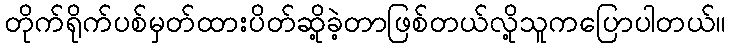
တိုက်ရိုက်ပစ်မှတ်ထားပိတ်ဆို့ခဲ့တာဖြစ်တယ်လို့သူကပြောပါတယ်။